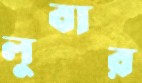
লুবার